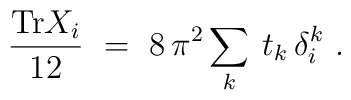
\frac{\mbox{Tr} X_i}{12}\ =\ 8\, \pi^2 \sum_k\: t_k\, \delta^k_i\ .